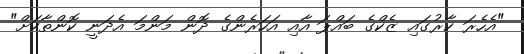
"އެހެރަ ކާރުގައި ޒެކްގެ ބައްޕަ އާއި އަހަރެންގެ ދޮން މަންމަ އެދަނީ ކޮންތާކަށް"